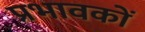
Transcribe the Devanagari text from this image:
प्रभावकों